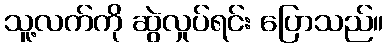
သူ့လက်ကို ဆွဲလှုပ်ရင်း ပြောသည်။